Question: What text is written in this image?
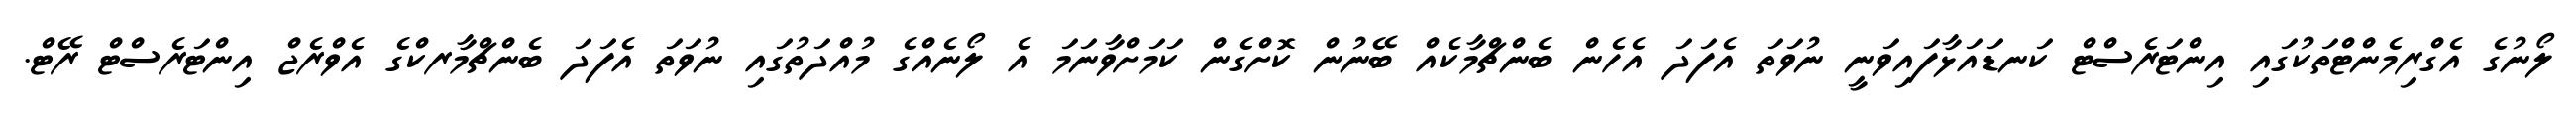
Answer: ލޯނުގެ އެގްރިމެންޓްތަކުގައި އިންޓަރެސްޓް ކަނޑައަޅާފައިވަނީ ނުވަތަ އެފަދަ އެހެން ބެންޗްމާކެއް ބޭނުން ކޮށްގެން ކަމަށްވާނަމަ އެ ލޯނެއްގެ މުއްދަތުގައި ނުވަތަ އެފަދަ ބެންޗްމާރކްގެ އެވްރެޖް އިންޓަރެސްޓް ރޭޓް.